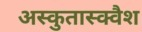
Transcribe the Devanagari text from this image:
अस्कुतास्क्वैश